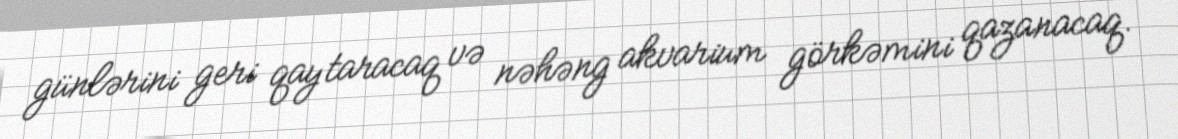
günlərini geri qaytaracaq və nəhəng akvarium görkəmini qazanacaq.